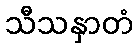
သီသနှာတံ